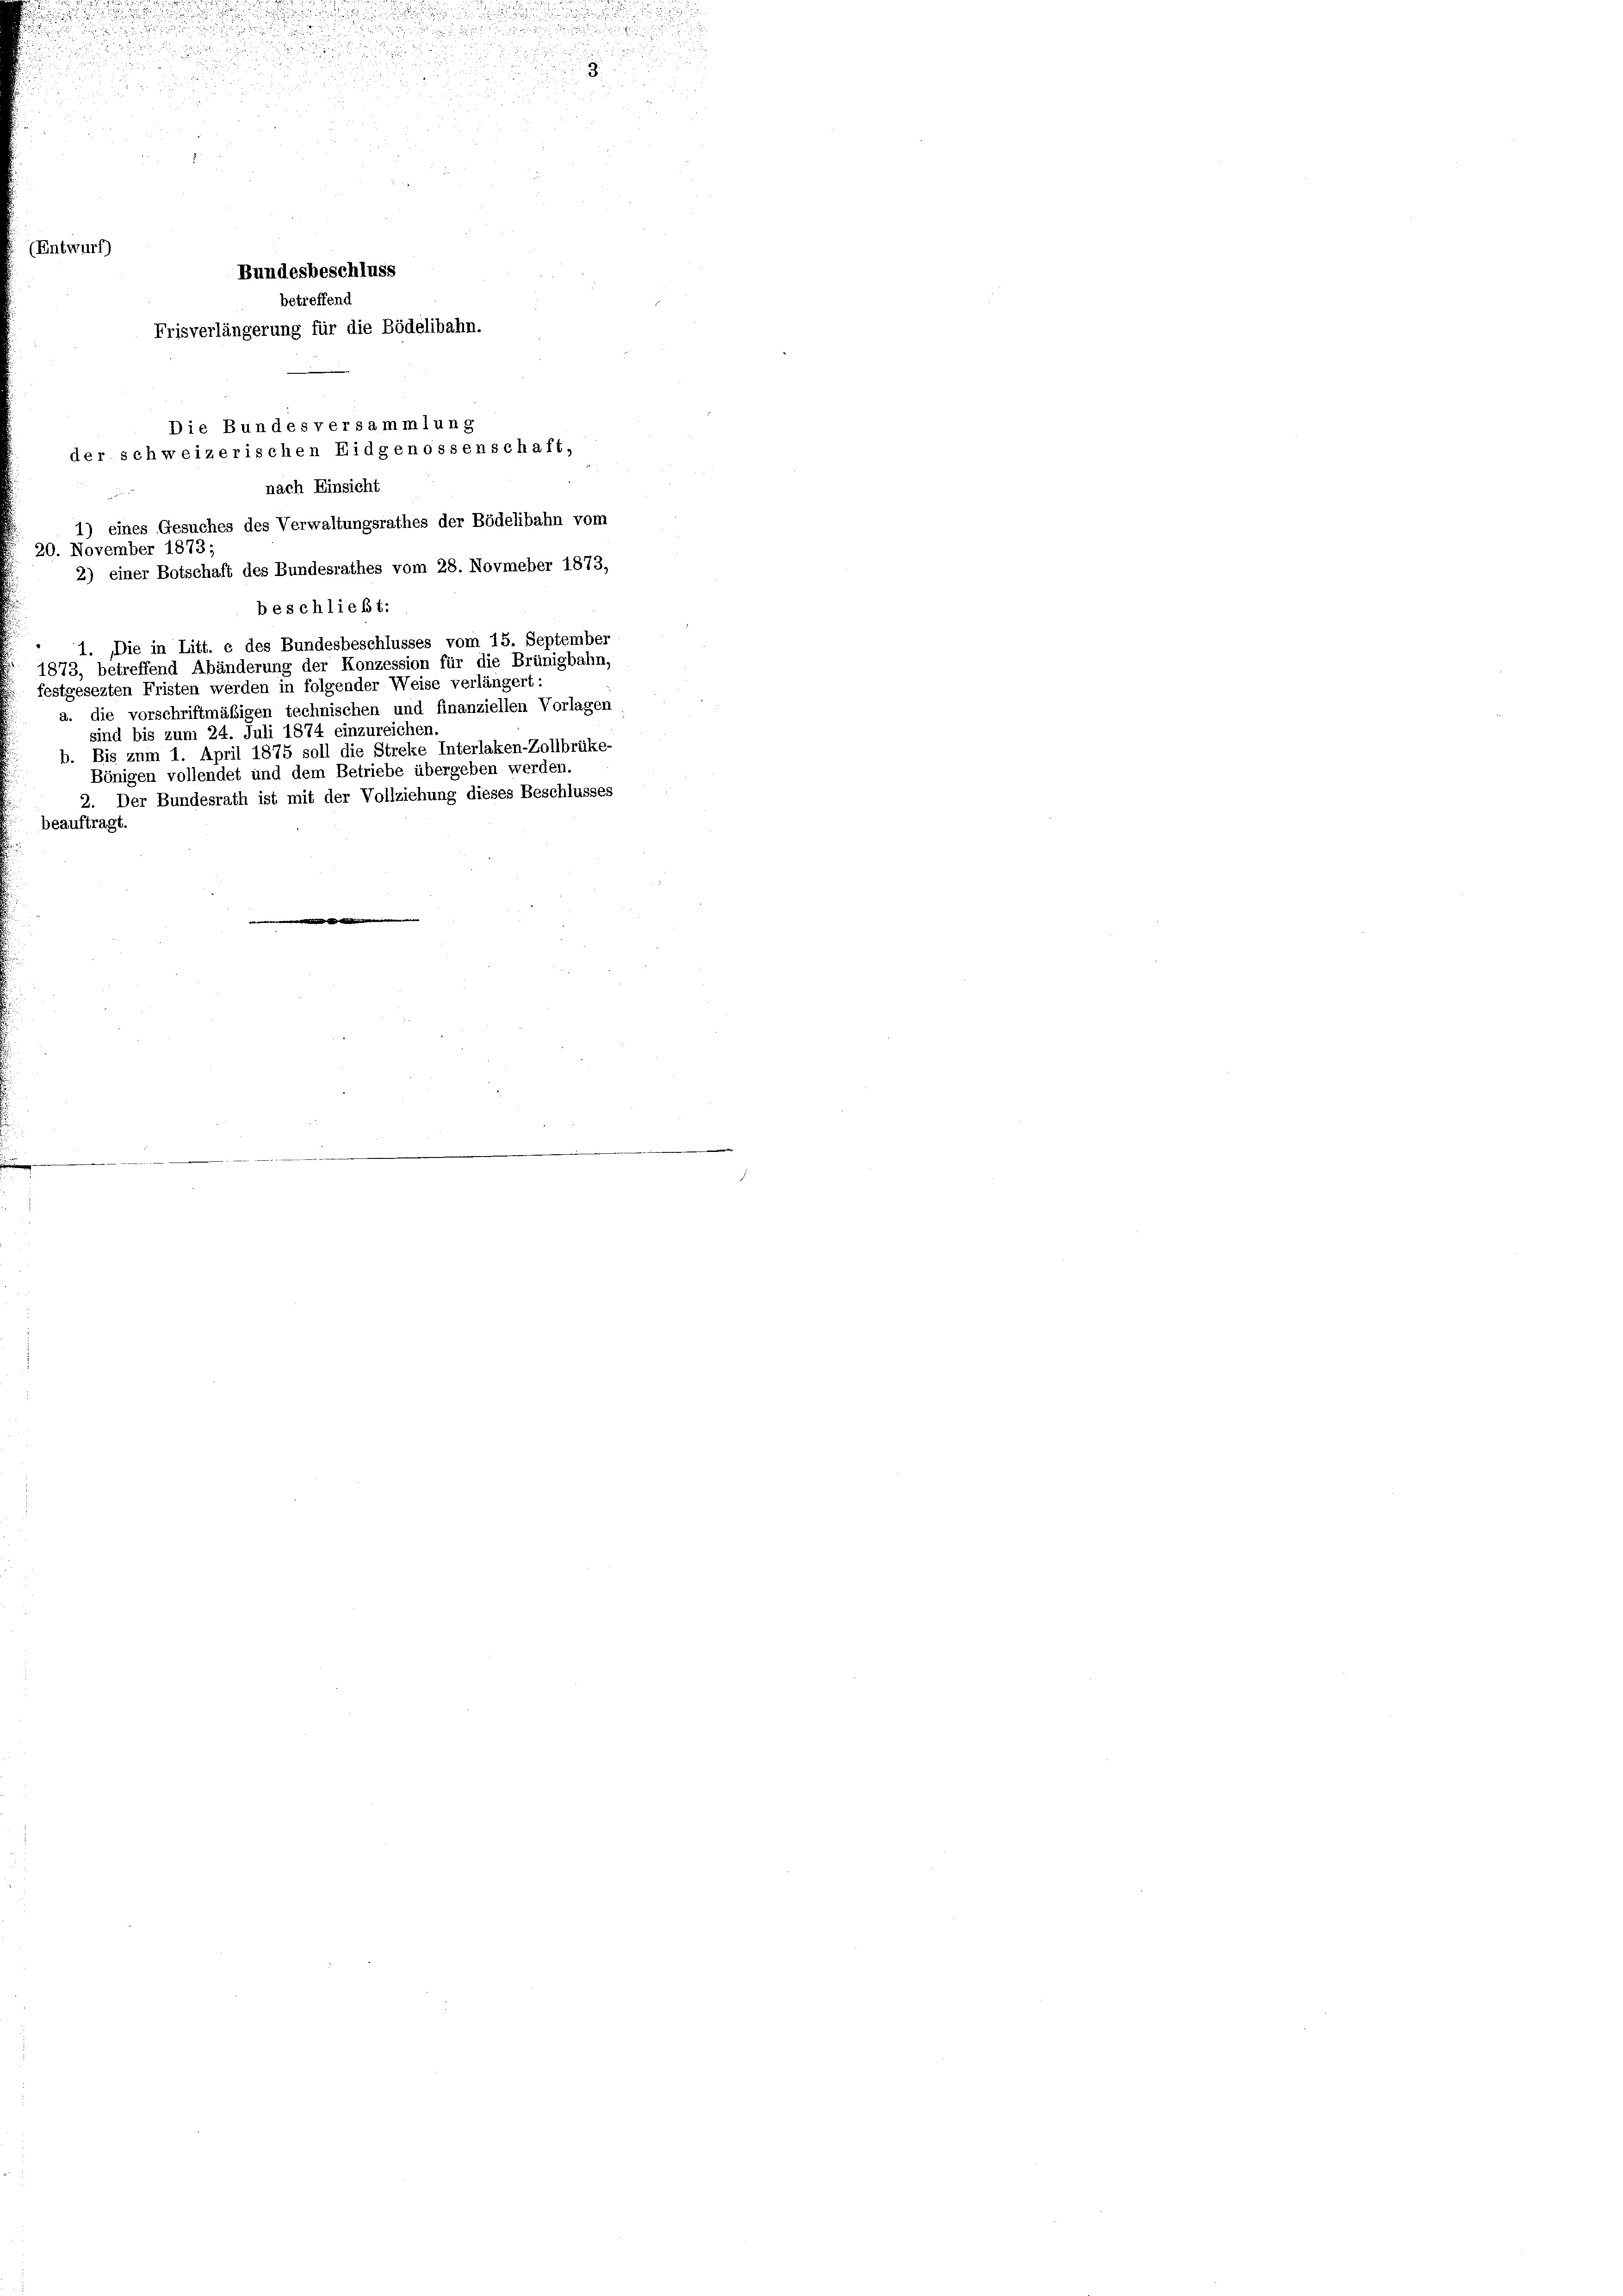
intr

d

u

un

beschließt:
4. Die in Litt. c des Bundesbeschlusses vom 15. September
1873, betreffend Abänderung der Konzession für die Brünigbahn,
festgesezten Fristen werden in folgender Weise verlängert
a. die vorschriftmäßigen technischen und finanziellen Vorlagen
sind bis zum 24. Juli 1874 einzureichen.
b. Bis zum 1. April 1875 soll die Streke Interlaken-Zollbrüke-
Bönigen vollendet und dem Betriebe übergeben werden.
2. Der Bundesrath ist mit der Vollziehung dieses Beschlusses
beauftragt

nach Einsicht

1) eines Gesuches des Verwaltungsrathes der Bödelibahn vom
20. November 1873;
2) einer Botschaft des Bundesrathes vom 28. Novmeber 1873,

urf)
Bundesbeschluss
betreffend
Frisverlängerung für die Bödelibahn.
Die Bundes versammlung
der schweizerischen Eidgenossenschaft,